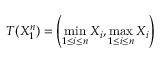
T ( X _ { 1 } ^ { n } ) = \left( \operatorname* { m i n } _ { 1 \leq i \leq n } X _ { i } , \operatorname* { m a x } _ { 1 \leq i \leq n } X _ { i } \right)